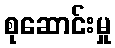
စုဆောင်းမှု